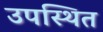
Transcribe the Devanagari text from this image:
उपस्थित